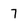
Character: 7